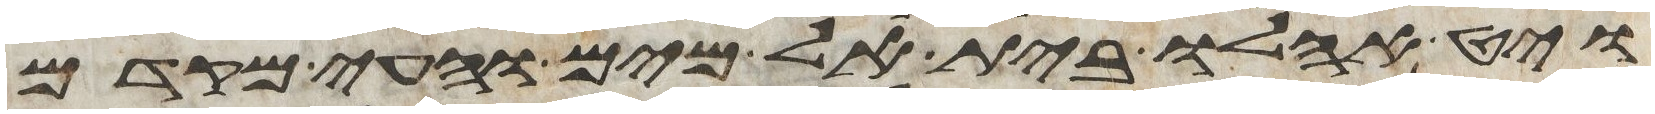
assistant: ויט אהלו בית אל מים והעי מקדם